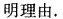
明理由。